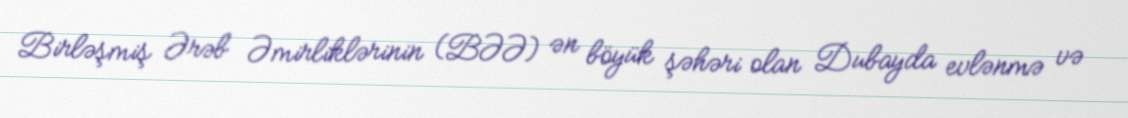
Birləşmiş Ərəb Əmirliklərinin (BƏƏ) ən böyük şəhəri olan Dubayda evlənmə və